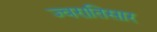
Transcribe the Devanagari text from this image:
ज्वरातिसार